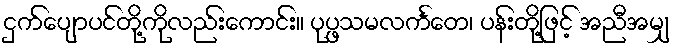
ငှက်ပျောပင်တို့ကိုလည်းကောင်း။ ပုပ္ဖသမလင်္ကတေ၊ ပန်းတို့ဖြင့် အညီအမျှ